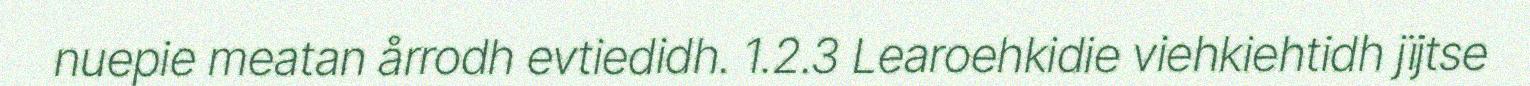
nuepie meatan årrodh evtiedidh. 1.2.3 Learoehkidie viehkiehtidh jïjtse